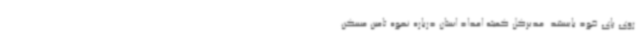
روی پای خود بایستند. مدیرکل کمیته امداد استان درباره نحوه تامین مسکن